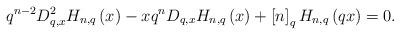
LaTeX: \begin{align*}q^{n-2}D_{q,x}^{2}H_{n,q}\left( x\right) -xq^{n}D_{q,x}H_{n,q}\left(x\right) +\left[ n\right] _{q}H_{n,q}\left( qx\right) =0. \end{align*}